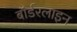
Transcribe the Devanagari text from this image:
बॉर्डरलाइन